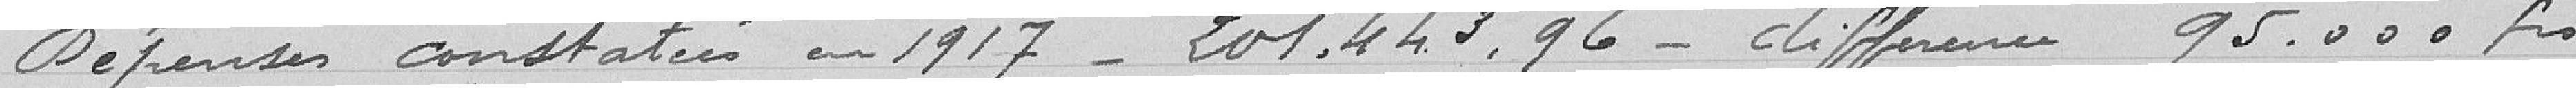
Dépenses constatées en 1917 201443,96 différence 95000 francs